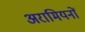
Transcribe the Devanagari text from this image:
अरामियनों